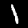
Digit: 1